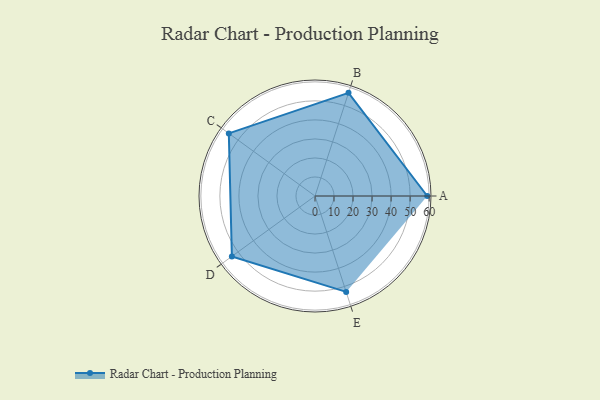
{"axis": {"x": "Skill", "y": "Score"}, "legend": ["Profile"], "data": [{"x": "A", "y": 59.0, "type": "Profile"}, {"x": "B", "y": 57.0, "type": "Profile"}, {"x": "C", "y": 56.0, "type": "Profile"}, {"x": "D", "y": 54.0, "type": "Profile"}, {"x": "E", "y": 53.0, "type": "Profile"}]}